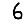
Digit: 6